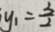
y _ { 1 } = \frac { 3 } { 2 }